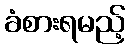
ခံစားရမည့်